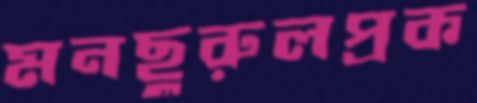
মনছুরুলপ্রক